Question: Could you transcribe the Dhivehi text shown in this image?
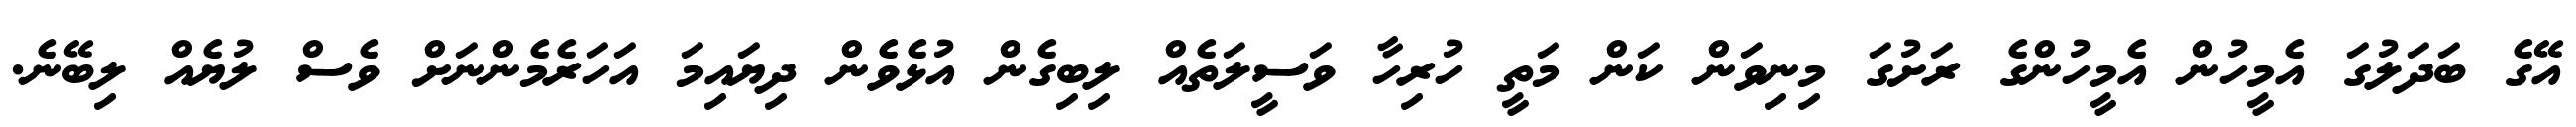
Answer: އޭގެ ބަދަލުގަ އެމީހުން އެމީހުންގެ ރަށުގަ މިނިވަން ކަން މަތީ ހުރިހާ ވަސީލަތެއް ލިބިގެން އުޅެވެން ދިޔައިމަ އަހަރެމެންނަށް ވެސް ލުޔެއް ލިބޭނެ.